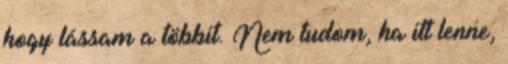
hogy lássam a többit. Nem tudom, ha itt lenne,